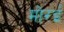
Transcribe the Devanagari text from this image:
मोरई